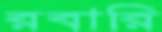
রবারি